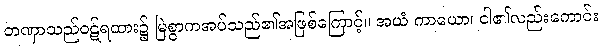
တဏှာသည်ဝဋ်ရထား၌ မြဲစွာကအပ်သည်၏အဖြစ်ကြောင့်။ အယံ ကာယော၊ ငါ၏လည်းကောင်း